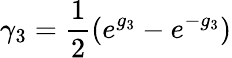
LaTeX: \gamma_{3}=\frac{1}{2}(e^{g_{3}}-e^{-g_{3}})